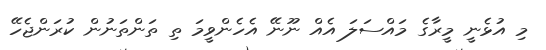
މި އުޅެނީ މީރާގެ މައްސަލަ އެއް ނޫނޭ އެހެންވީމަ ތި ތަންތަނުން ކުރަންޖެހޭ